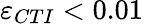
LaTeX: \varepsilon_{CTI}<0.01